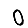
Digit: 0